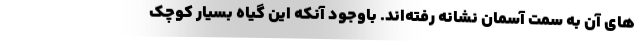
های آن به سمت آسمان نشانه رفته‌اند. باوجود آنکه این گیاه بسیار کوچک